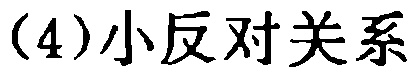
(4)小反对关系